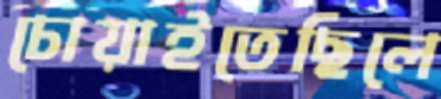
চোয়াইতেছিলে